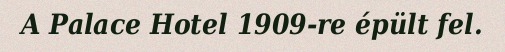
A Palace Hotel 1909-re épült fel.